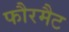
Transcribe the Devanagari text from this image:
फौरमैट